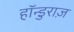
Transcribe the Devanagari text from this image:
हॉन्डुराज़